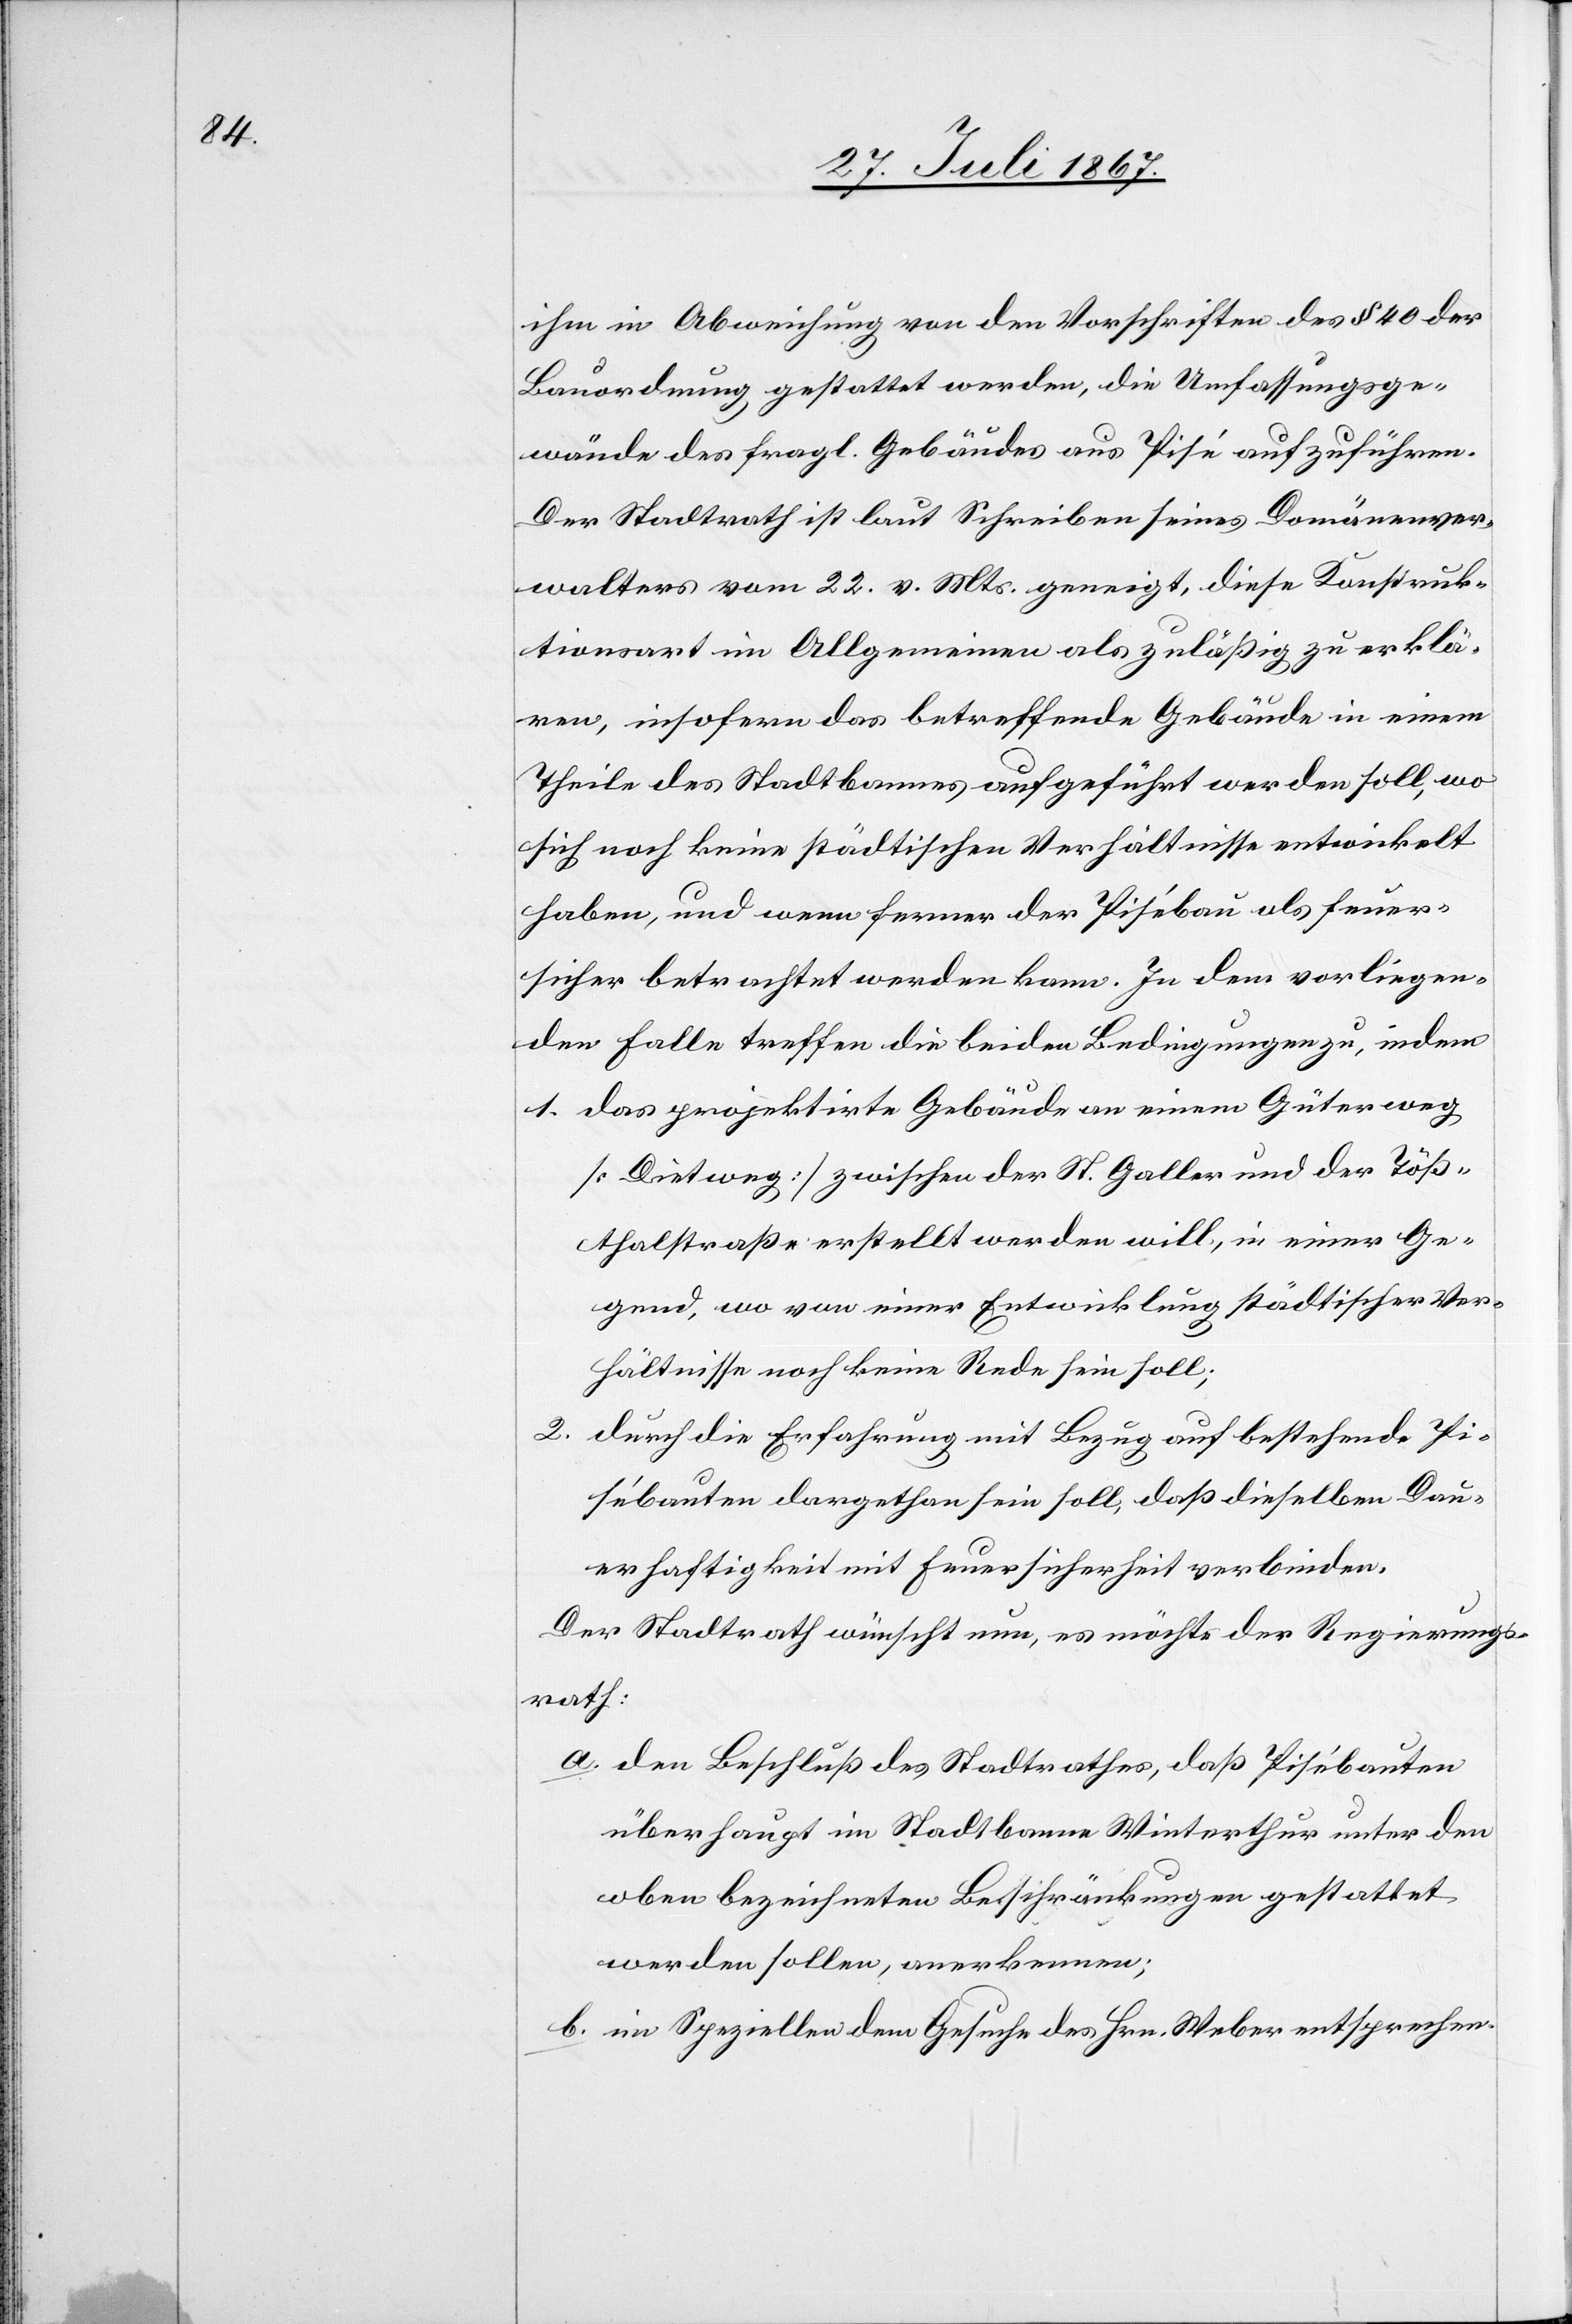
ihm in Abweichung von den Vorschriften des § 40 der
Bauordnung gestattet werden, die Umfassungsge¬
wände des fragl. Gebäudes aus Pisé aufzuführen.
Der Stadtrath ist laut Schreiben seines Domänenver¬
walters vom 22. v. Mts. geneigt, diese Konstruk¬
tionsart im Allgemeinen als zuläßig zu erklä¬
ren, insofern das betreffende Gebäude in einem
Theile des Stadtbannes aufgeführt werden soll, wo
sich noch keine städtischen Verhältnisse entwickelt
haben, und wenn ferner der Pisébau als feuer¬
sicher betrachtet werden kann. In dem vorliegen¬
den Falle treffen die beiden Bedingungen zu, indem
1. das projektirte Gebäude an einem Güterweg
[Dietweg] zwischen der St. Galler und der Töß¬
thalstraße erstellt werden will, in einer Ge¬
gend, wo von einer Entwicklung städtischer Ver¬
hältnisse noch keine Rede sein soll;
2. durch die Erfahrung mit Bezug auf bestehende Pi¬
sébauten dargethan sein soll, daß dieselben Dau¬
erhaftigkeit mit Feuersicherheit verbinden.
Der Stadtrath wünscht nun, es möchte der Regierungs¬
rath:
a. den Beschluß des Stadtrathes, daß Pisébauten
überhaupt im Stadtbanne Winterthur unter den
oben bezeichneten Beschränkungen gestattet
werden sollen, anerkennen;
b. im Speziellen dem Gesuche des Hrn. Weber entsprechen